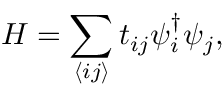
H = \sum _ { \left< i j \right> } t _ { i j } \psi _ { i } ^ { \dagger } \psi _ { j } ,